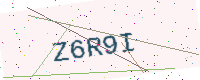
Text: Z6R9I